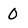
Character: 0